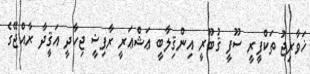
ޚަވާރިޖު ތަކްފީރީ ސޫފީ ޤުބޫރީ އިންޤިލާބީ ޢަޝްޢަރީ ރާފިޟީ ޖިހާދީ އަޤީދާ ރާއްޖޭގެ